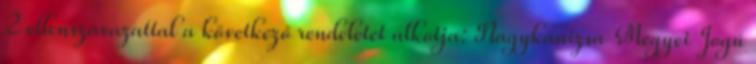
2 ellenszavazattal a következő rendeletet alkotja: Nagykanizsa Megyei Jogú